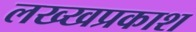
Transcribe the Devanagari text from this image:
लख्खप्रकाश